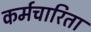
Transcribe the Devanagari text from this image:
कर्मचारिता